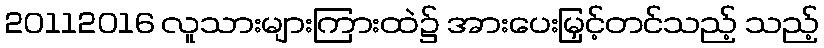
20112016 လူသားများကြားထဲ၌ အားပေးမြှင့်တင်သည့် သည့်